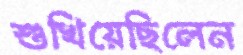
শুখিয়েছিলেন